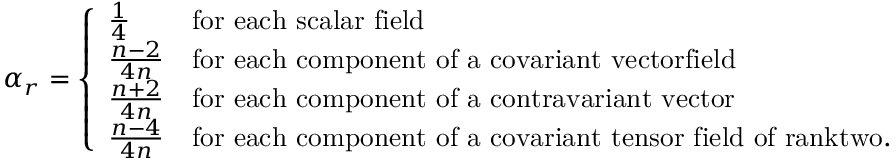
\alpha _ { r } = \left\{ \begin{array} { l l } { { \frac { 1 } { 4 } } } & { { \mathrm { f o r ~ e a c h ~ s c a l a r ~ f i e l d } } } \\ { { \frac { n - 2 } { 4 n } } } & { { \mathrm { f o r ~ e a c h ~ c o m p o n e n t ~ o f ~ a ~ c o v a r i a n t ~ v e c t o r f i e l d } } } \\ { { \frac { n + 2 } { 4 n } } } & { { \mathrm { f o r ~ e a c h ~ c o m p o n e n t ~ o f ~ a ~ c o n t r a v a r i a n t ~ v e c t o r } } } \\ { { \frac { n - 4 } { 4 n } } } & { { \mathrm { f o r ~ e a c h ~ c o m p o n e n t ~ o f ~ a ~ c o v a r i a n t ~ t e n s o r ~ f i e l d ~ o f ~ r a n k t w o . } } } \end{array} \right.